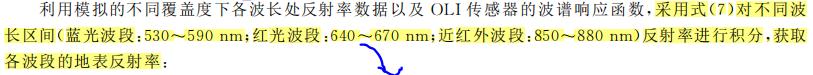
利用模拟的不同覆盖度下各波长处反射率数据以及OLI传感器的波谱响应函数，采用式(7)对不同波长区间(蓝光波段：$530\sim590$ nm；红光波段：$640\sim670$ nm；近红外波段：$850\sim880$ nm)反射率进行积分，获取各波段的地表反射率：